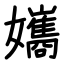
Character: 孈